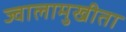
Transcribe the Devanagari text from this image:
ज्वालामुखीता